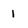
Character: 1